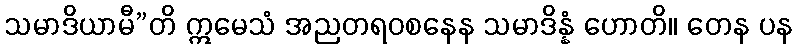
သမာဒိယာမီ”တိ ဣမေသံ အညတရဝစနေန သမာဒိန္နံ ဟောတိ။ တေန ပန